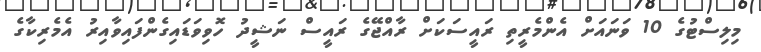
މިލިސްޓުގެ 10 ވަނައަށް އެންމެރީތި ރައީސަކަށް ރާއްޖޭގެ ރައީސް ނަޝީދު ހޮވިވަޑައިގެންފައިވާއިރު އެމެރިކާގެ